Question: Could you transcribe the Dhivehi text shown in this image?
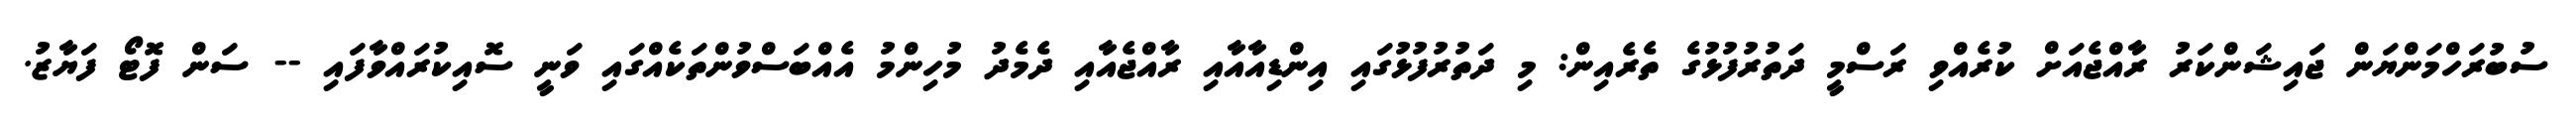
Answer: ސުބުރަހްމަންޔަން ޖައިޝަންކަރު ރާއްޖެއަށް ކުރެއްވި ރަސްމީ ދަތުރުފުޅުގެ ތެރެއިން: މި ދަތުރުފުޅުގައި އިންޑިއާއާއި ރާއްޖެއާއި ދެމެދު މުހިންމު އެއްބަސްވުންތަކެއްގައި ވަނީ ސޮއިކުރައްވާފައި -- ސަން ފޮޓޯ ފަޔާޒު.